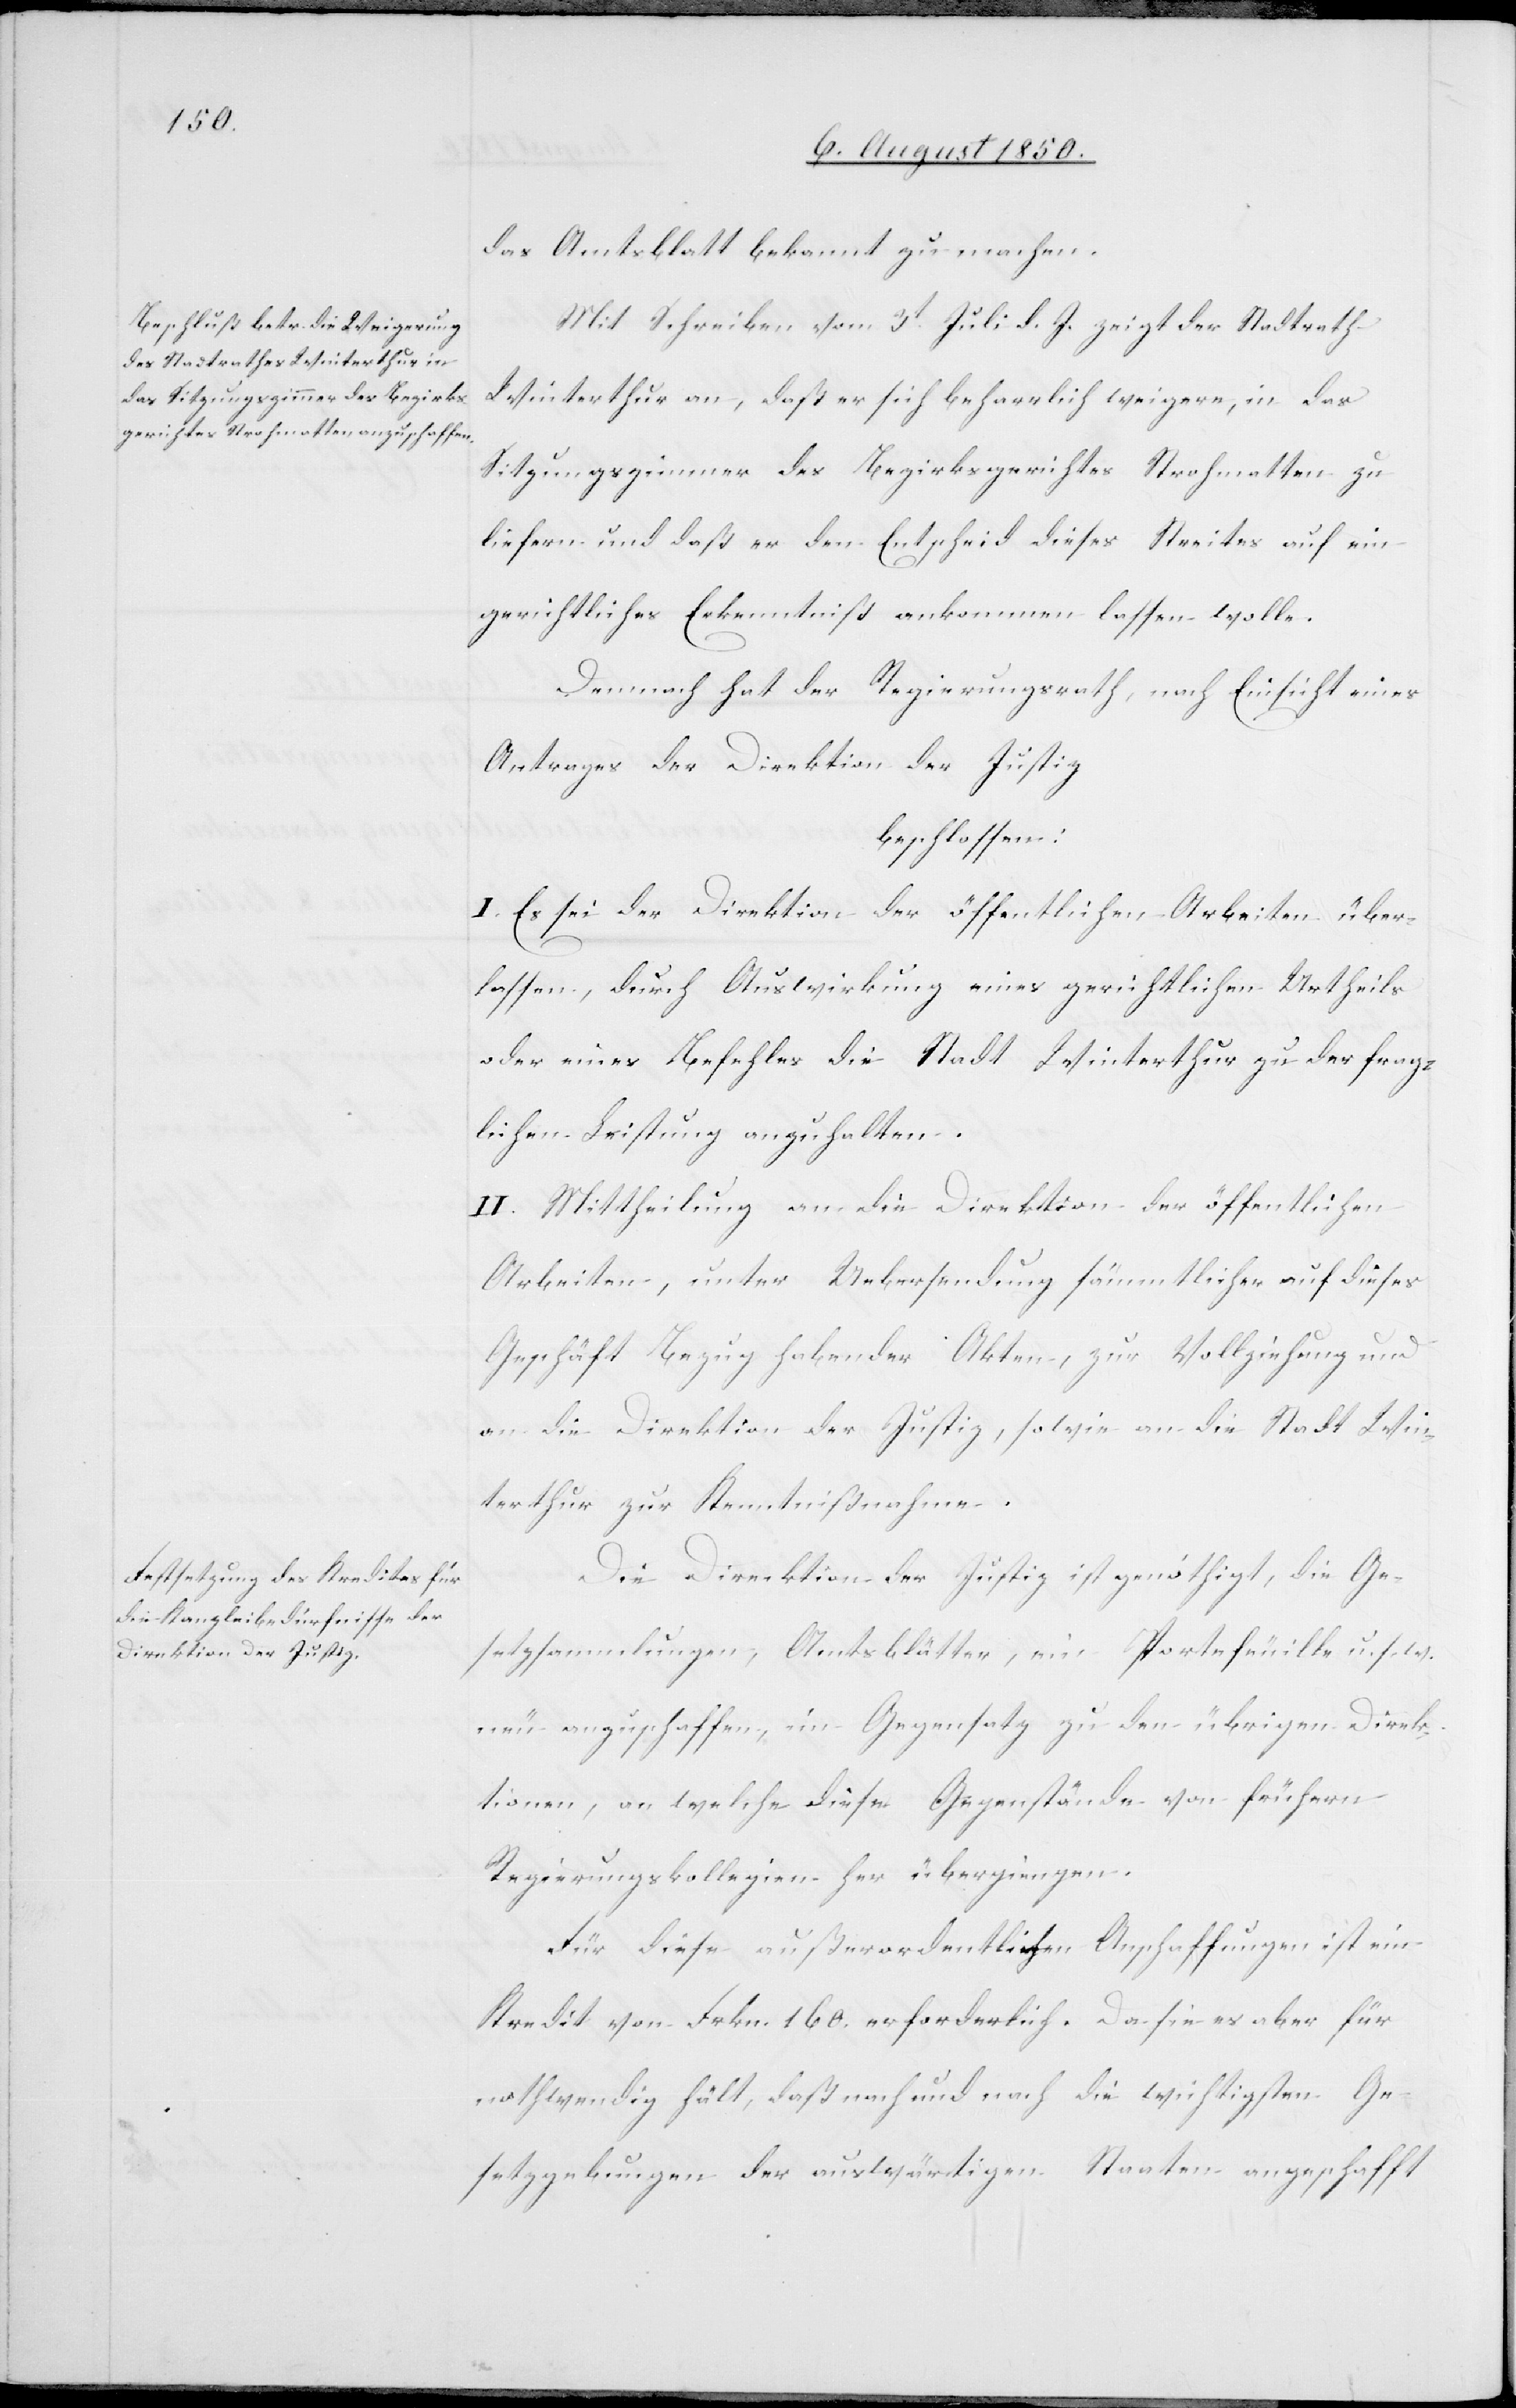
das Amtsblatt bekannt zu machen.
Mit Schreiben vom 3t Juli d. J. zeigt der Stadtrath
Winterthur an, daß er sich beharrlich weigere, in das
Sitzungszimmer des Bezirksgerichtes Strohmatten zu
liefern und daß er den Entscheid dieses Streites auf ein
gerichtliches Erkenntniß ankommen lassen wolle.
Demnach hat der Regierungsrath, nach Einsicht eines
Antrages der Direktion der Justiz
beschlossen:
I. Es sei der Direktion der öffentlichen Arbeiten über¬
lassen, durch Auswirkung eines gerichtlichen Urtheils
oder eines Befehles die Stadt Winterthur zu der frag¬
lichen Leistung anzuhalten.
II. Mittheilung an die Direktion der öffentlichen
Arbeiten, unter Uebersendung sämmtlicher auf dieses
Geschäft Bezug habender Akten, zur Vollziehung und
an die Direktion der Justiz, sowie an die Stadt Win¬
terthur zur Kenntnißnahme.
Die Direktion der Justiz ist genöthigt, die Ge¬
setzsammlungen, Amtsblätter, ein Portefeuille u. s. w.
neu anzuschaffen, im Gegensatz zu den übrigen Direk¬
tionen, an welche diese Gegenstände von frühern
Regierungskollegien her übergingen.
Für diese außerordentlichen Anschaffungen ist ein
Kredit von Frkn. 160. erforderlich. Da sie es aber für
nothwendig hält, daß nach und nach die wichtigsten Ge¬
setzgebungen der auswärtigen Staaten angeschafft